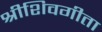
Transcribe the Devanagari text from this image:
श्रीशिवगीता